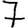
Digit: 7